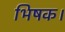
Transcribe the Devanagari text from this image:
भिषक।